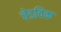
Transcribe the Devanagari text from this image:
चेडविक